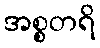
အစ္စတရိ